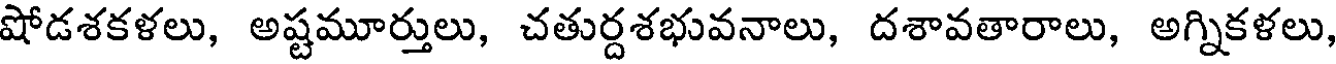
షోడశకళలు, అష్టమూర్తులు, చతుర్దశభువనాలు, దశావతారాలు, అగ్నికళలు,